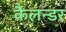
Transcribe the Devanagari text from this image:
कैलन्डर